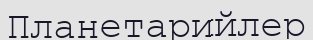
Планетарийлер